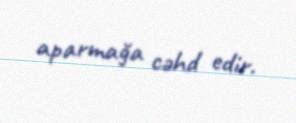
aparmağa cəhd edir.